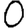
Digit: 0